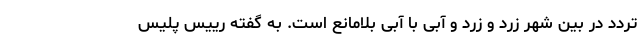
تردد در بین شهر زرد و زرد و آبی با آبی بلامانع است. به گفته رییس پلیس